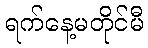
ရက်နေ့မတိုင်မီ